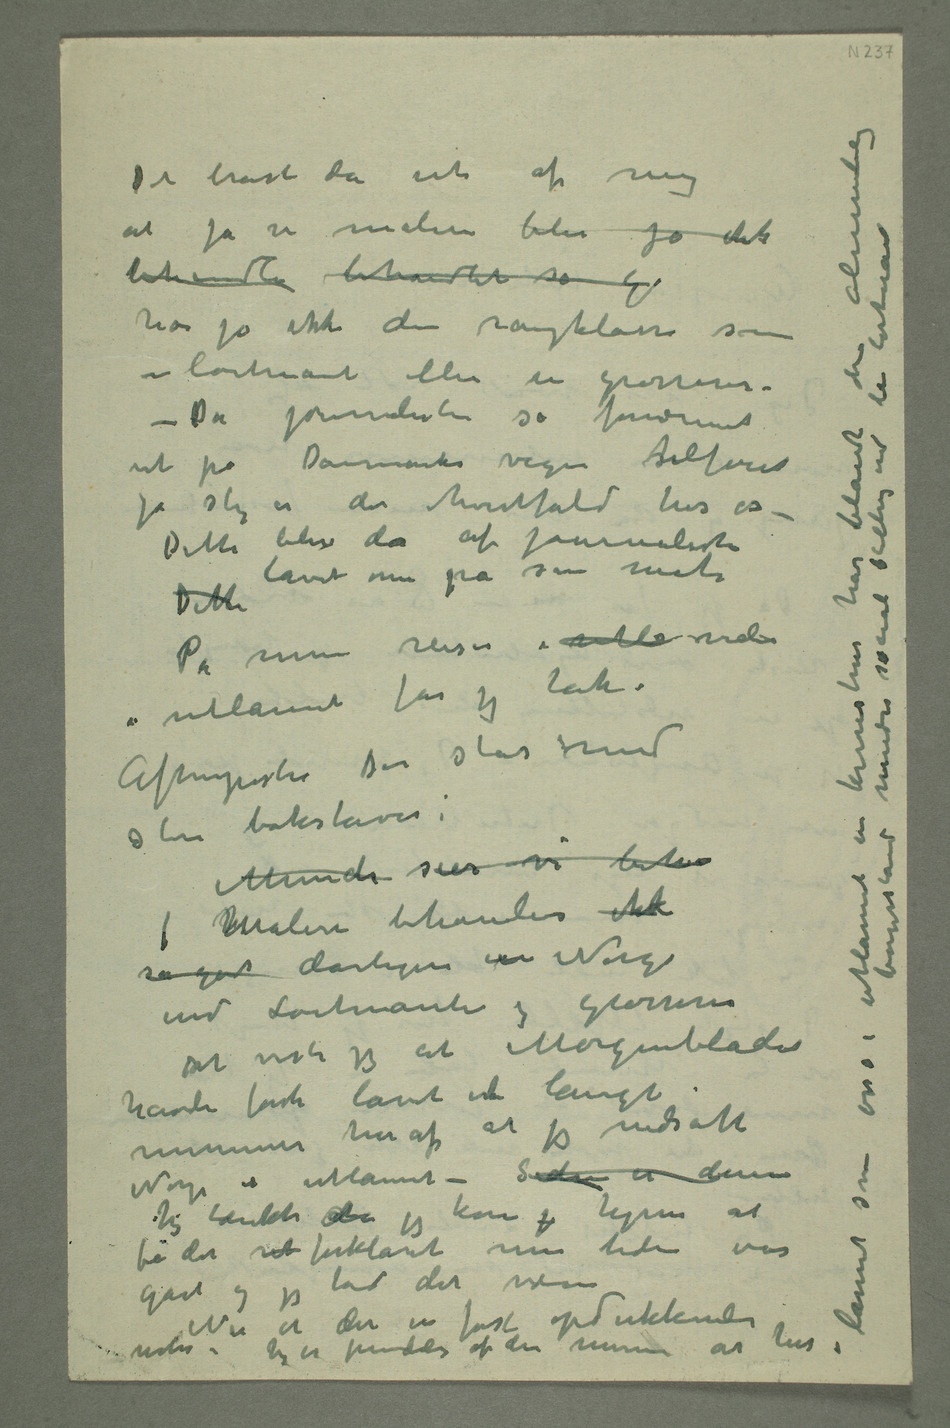
Det brast da ut af mig
behandle behandlet så g
har jo ikke den rangklasse som
en løitnant eller en grosserer –
– Da journalisten så fornærmet
ut på Danmarks vegne stilføiet
ja slig er det hvertfald hos os
– Dette blir da af journalisten
lavet om på sin måte
På mine reiser i utl videre
i utlannet får jeg tak i
AftenpostenDer står med
store bokstaver:
I Malere behandles ikk
så godt dårligere eni Norge
end Løitnante og grosserer
Det viste sig at Morgenbladet
havde først lavet ent langt
Norge i utlannet – Siden er denne
Jeg tænkte da jeg kom j hjem at
få det ret forklaret men tiden var
notis – Jeg er fremdeles af den mening at her i lannet som